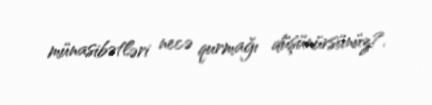
münasibətləri necə qurmağı düşünürsünüz?.